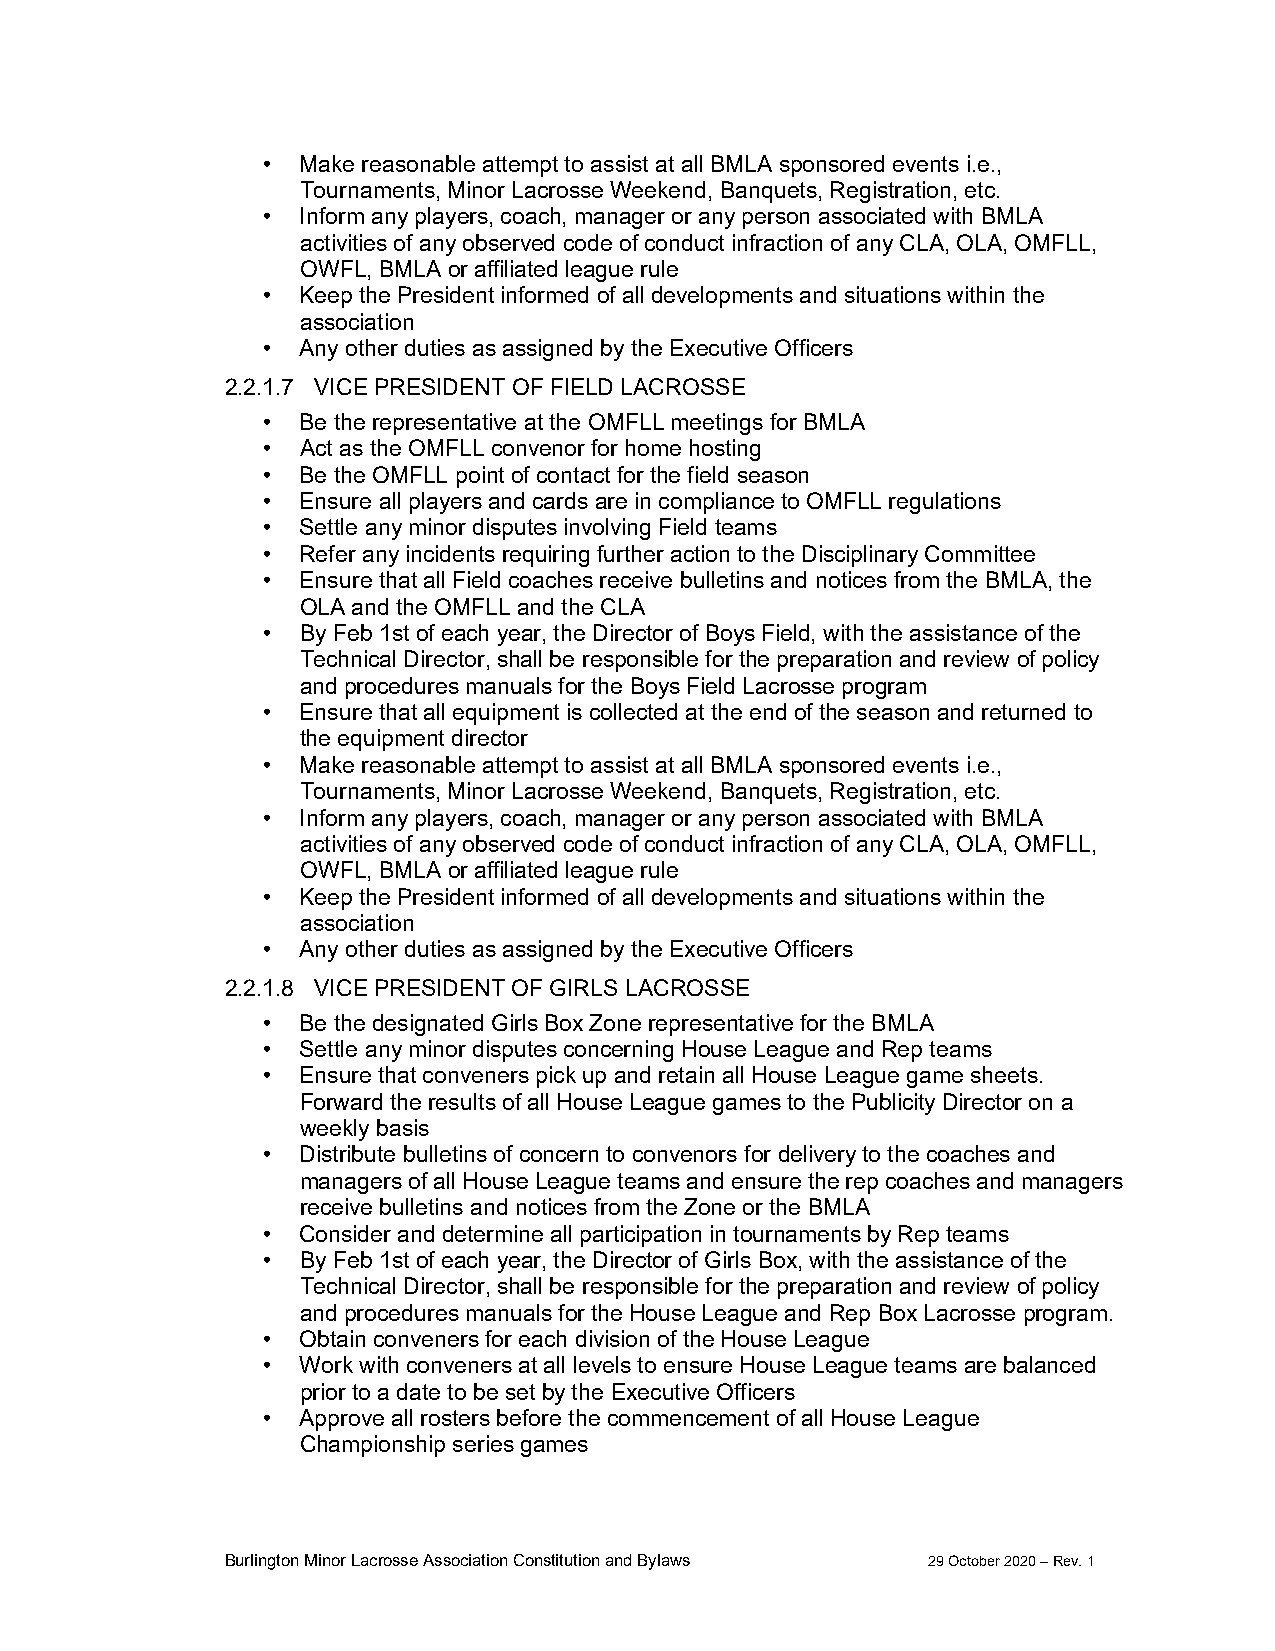
•  Make reasonable attempt to assist at all BMLA sponsored events i.e.,
 Tournaments, Minor Lacrosse Weekend, Banquets, Registration, etc.
 •  Inform any players, coach, manager or any person associated with BMLA
 activities of any observed code of conduct infraction of any CLA, OLA, OMFLL,
 OWFL, BMLA or affiliated league rule
 •  Keep the President informed of all developments and situations within the
 association
 •  Any other duties as assigned by the Executive Officers
 2.2.1.7 VICE PRESIDENT OF FIELD LACROSSE
 •  Be the representative at the OMFLL meetings for BMLA
 •  Act as the OMFLL convenor for home hosting
 •  Be the OMFLL point of contact for the field season
 •  Ensure all players and cards are in compliance to OMFLL regulations
 •  Settle any minor disputes involving Field teams
 •  Refer any incidents requiring further action to the Disciplinary Committee
 •  Ensure that all Field coaches receive bulletins and notices from the BMLA, the
 OLA and the OMFLL and the CLA
 •  By Feb 1st of each year, the Director of Boys Field, with the assistance of the
 Technical Director, shall be responsible for the preparation and review of policy
 and procedures manuals for the Boys Field Lacrosse program
 •  Ensure that all equipment is collected at the end of the season and returned to
 the equipment director
 •  Make reasonable attempt to assist at all BMLA sponsored events i.e.,
 Tournaments, Minor Lacrosse Weekend, Banquets, Registration, etc.
 •  Inform any players, coach, manager or any person associated with BMLA
 activities of any observed code of conduct infraction of any CLA, OLA, OMFLL,
 OWFL, BMLA or affiliated league rule
 •  Keep the President informed of all developments and situations within the
 association
 •  Any other duties as assigned by the Executive Officers
 2.2.1.8 VICE PRESIDENT OF GIRLS LACROSSE
 •  Be the designated Girls Box Zone representative for the BMLA
 •  Settle any minor disputes concerning House League and Rep teams
 •  Ensure that conveners pick up and retain all House League game sheets.
 Forward the results of all House League games to the Publicity Director on a
 weekly basis
 •  Distribute bulletins of concern to convenors for delivery to the coaches and
 managers of all House League teams and ensure the rep coaches and managers
 receive bulletins and notices from the Zone or the BMLA
 •  Consider and determine all participation in tournaments by Rep teams
 •  By Feb 1st of each year, the Director of Girls Box, with the assistance of the
 Technical Director, shall be responsible for the preparation and review of policy
 and procedures manuals for the House League and Rep Box Lacrosse program.
 •  Obtain conveners for each division of the House League
 •  Work with conveners at all levels to ensure House League teams are balanced
 prior to a date to be set by the Executive Officers
 •  Approve all rosters before the commencement of all House League
 Championship series games
 Burlington Minor Lacrosse Association Constitution and Bylaws 29 October 2020 – Rev. 1